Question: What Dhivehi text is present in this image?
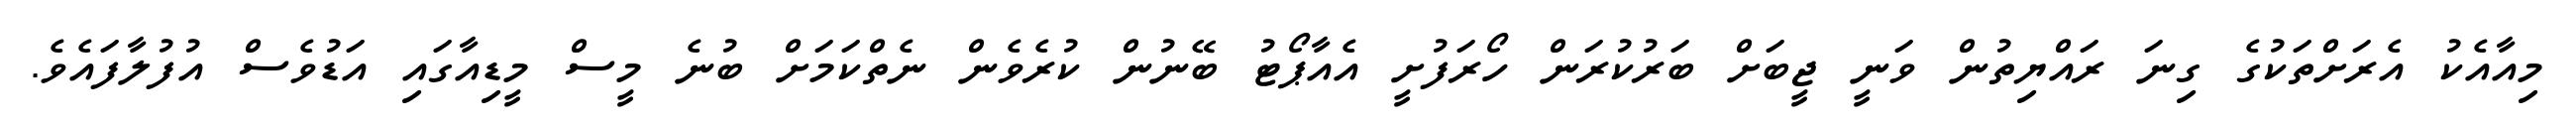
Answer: މިއާއެކު އެރަށްތަކުގެ ގިނަ ރައްޔިތުން ވަނީ ޖީބަށް ބަރުކުރަން ހޯރަފުށީ އެއާޕޯޓު ބޭނުން ކުރެވެން ނެތްކަމަށް ބުނެ މީސް މީޑިއާގައި އަޑުވެސް އުފުލާފައެވެ.